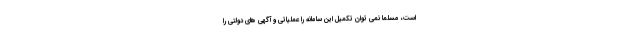
است، مسلما نمی توان تکمیل این سامانه را عملیاتی و آگهی های دولتی را